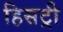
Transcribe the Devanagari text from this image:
हिसट्री